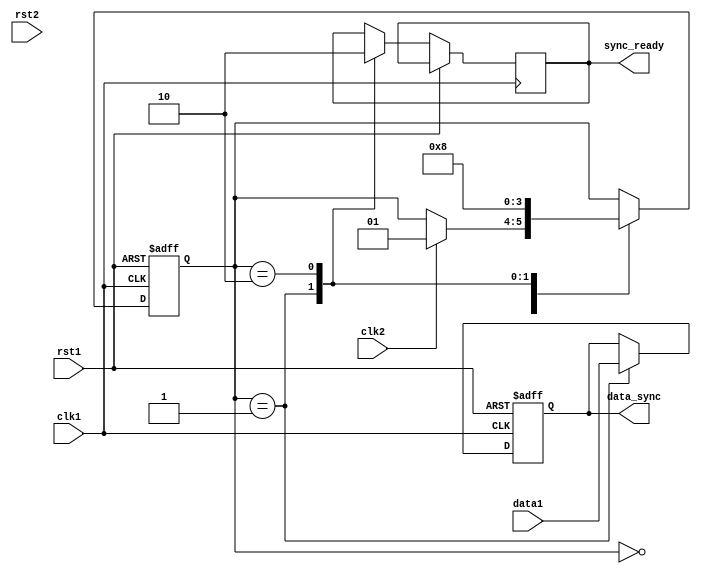
module synchronizer (
    input wire clk1,
    input wire rst1,
    input wire data1,
    output reg data_sync,
    input wire clk2,
    input wire rst2,
    output reg sync_ready
);

reg [1:0] state; // State machine to manage synchronization process

always @(posedge clk1 or posedge rst1) begin
    if (rst1) begin
        state <= 2'b00; // Reset state machine
        data_sync <= 0; // Reset synchronized data output
    end else begin
        case (state)
            2'b00: begin // Wait for both clocks to be aligned
                if (clk2) begin
                    state <= 2'b01;
                end
            end
            2'b01: begin // Transfer data when both clocks are aligned
                data_sync <= data1;
                sync_ready <= 1; // Indicate data transfer is ready
                state <= 2'b10;
            end
            2'b10: begin // Reset state machine after data transfer
                sync_ready <= 0;
                state <= 2'b00;
            end
        endcase
    end
end

endmodule